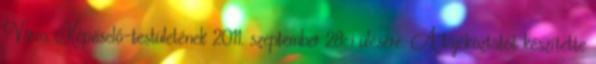
Város Képviselő-testületének 2011. szeptember 28-i ülésére. A tájékoztatót készítette